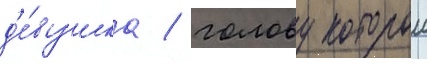
д'е́вушка / голову которои